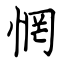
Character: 惘